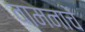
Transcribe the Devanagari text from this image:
वामनाचे